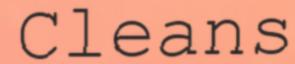
Cleans